Civil Veterinary Department Bengal reports 1923-33 - 1923-1933
Year: 1923
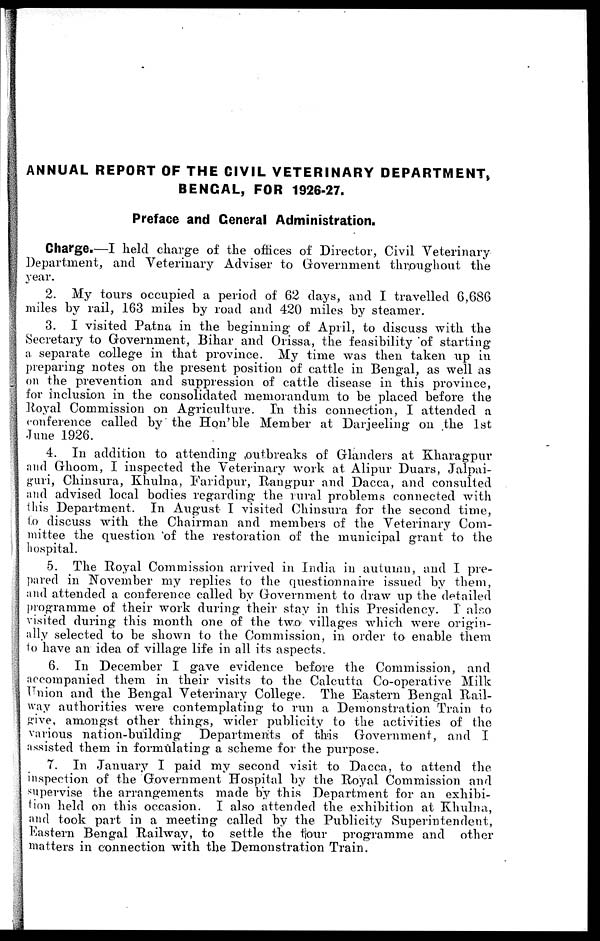
ANNUAL REPORT OF THE CIVIL VETERINARY DEPARTMENT,
BENGAL, FOR 1926-27.
Preface and General Administration.
Charge.—I held charge of the offices of Director, Civil Veterinary
Department, and Veterinary Adviser to Government throughout the
year.
2. My tours occupied a period of 62 days, and I travelled 6,686
miles by rail, 163 miles by road and 420 miles by steamer.
3. I visited Patna in the beginning of April, to discuss with the
Secretary to Government, Bihar and Orissa, the feasibility "of starting
a separate college in that province. My time was then taken up in
preparing notes on the present position of cattle in Bengal, as well as
on the prevention and suppression of cattle disease in this province,
for inclusion in the consolidated memorandum to be placed before the
Royal Commission on Agriculture. In this connection, I attended a
conference called by the Hon'ble Member at Darjeeling on the 1st
June 1926.
4. In addition to attending outbreaks of Glanders at Kharagpur
and Ghoom, I inspected the Veterinary work at Alipur Duars, Jalpai-
guri, Chinsura, Khulna, Faridpur, Rangpur and Dacca, and consulted
and advised local bodies regarding the rural problems connected with
this Department. In August I visited Chinsura for the second time,
to discuss with the Chairman and members of the Veterinary Com-
mittee the question of the restoration of the municipal grant to the
hospital.
5. The Royal Commission arrived in India in autumn, and I pie-
pared in November my replies to the questionnaire issued by them,
and attended a conference called by Government to draw up the detailed
programme of their work during their stay in this Presidency. I also
visited during this month one of the two villages which were origin-
ally selected to be shown to the Commission, in order to enable them
to have an idea of village life in all its aspects.
6. In December I gave evidence before the Commission, and
accompanied them in their visits to the Calcutta Co-operative Milk
Union and the Bengal Veterinary College. The Eastern Bengal Rail-
way authorities were contemplating to run a Demonstration Train to
give amongst other things, wider publicity to the activities of the
various nation-building
Departments of this Government, and I
assisted them in formulating a scheme for the purpose.
7. In January I paid my second visit to Dacca, to attend the
inspection of the Government Hospital by the Royal Commission and
supervise the arrangements made by this Department for an exhibi-
tion held on this occasion. I also attended the exhibition at Khulna,
and took part in a meeting called by the Publicity Superintendent,
Eastern Bengal Railway, to settle the tour programme and other
matters in connection with the Demonstration Train.